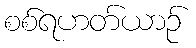
စစ်ရဟတ်ယာဉ်